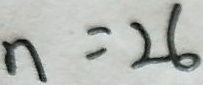
n = 2 6